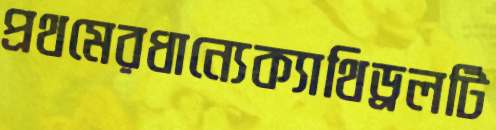
প্রথমেরধান্যেক্যাথিড্রলটি